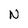
Character: N